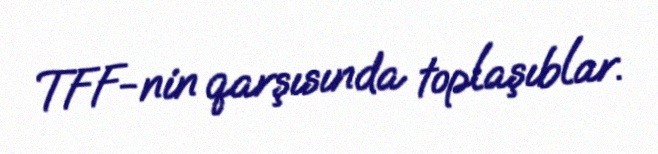
TFF-nin qarşısında toplaşıblar.